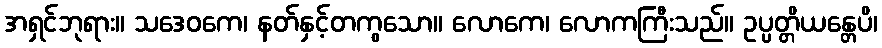
အရှင်ဘုရား။ သဒေဝကေ၊ နတ်နှင့်တကွသော။ လောကေ၊ လောကကြီးသည်။ ဥပ္ပတ္တိယန္တေပိ၊